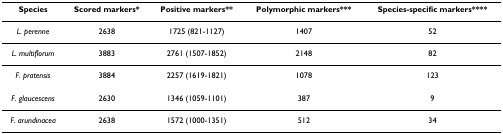
<table><thead><tr><td><b>Species</b></td><td><b>Scored markers*</b></td><td><b>Positive markers**</b></td><td><b>Polymorphic markers***</b></td><td><b>Species-specific markers****</b></td></tr></thead><tbody><tr><td><i>L. perenne</i></td><td>2638</td><td>1725 (821-1127)</td><td>1407</td><td>52</td></tr><tr><td><i>L. multiflorum</i></td><td>3883</td><td>2761 (1507-1852)</td><td>2148</td><td>82</td></tr><tr><td><i>F. pratensis</i></td><td>3884</td><td>2257 (1619-1821)</td><td>1078</td><td>123</td></tr><tr><td><i>F. glaucescens</i></td><td>2630</td><td>1346 (1059-1101)</td><td>387</td><td>9</td></tr><tr><td><i>F. arundinacea</i></td><td>2638</td><td>1572 (1000-1351)</td><td>512</td><td>34</td></tr></tbody></table>